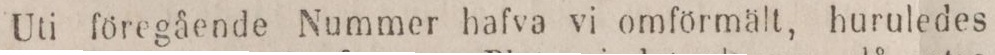
Uti föregående Nummer hafva vi omförmält, huruledes